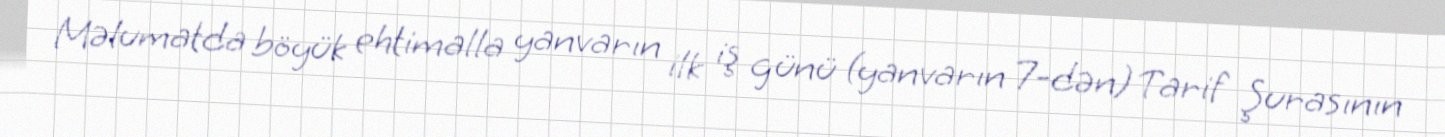
Məlumatda böyük ehtimalla yanvarın ilk iş günü (yanvarın 7-dən) Tarif Şurasının